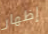
إظهار